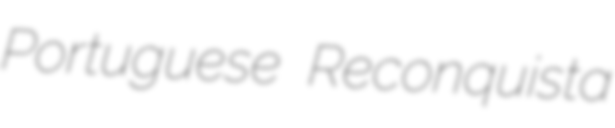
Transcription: Portuguese Reconquista